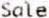
SALE